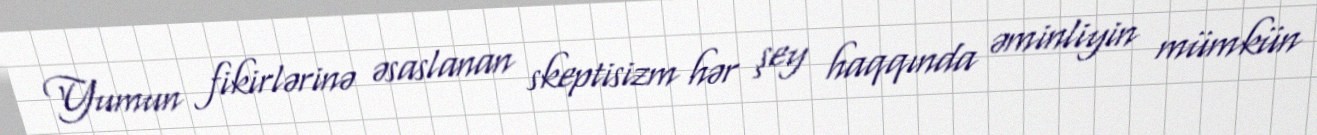
Yumun fikirlərinə əsaslanan skeptisizm hər şey haqqında əminliyin mümkün